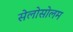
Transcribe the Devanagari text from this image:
सेलोसोलम